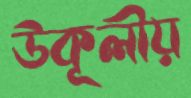
উকূলীয়